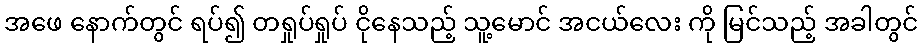
အဖေ နောက်တွင် ရပ်၍ တရှုပ်ရှုပ် ငိုနေသည့် သူ့မောင် အငယ်လေး ကို မြင်သည့် အခါတွင်